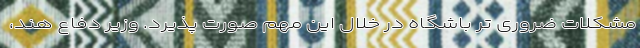
مشکلات ضروری تر باشگاه در خلال این مهم صورت پذیرد. وزیر دفاع هند،